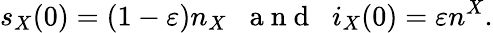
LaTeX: s_{X}(0)=(1-\varepsilon)n_{X}\; \; \mathrm{~a~n~d~}\; \; i_{X}(0)=\varepsilon n^{X}.